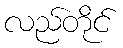
လည်တိုင်